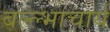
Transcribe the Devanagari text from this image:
बल्ल्भाचार्य